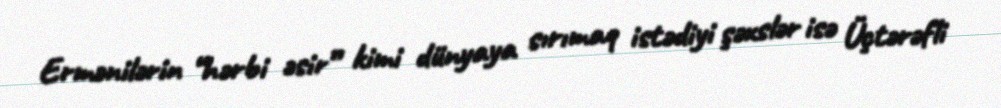
Ermənilərin “hərbi əsir” kimi dünyaya sırımaq istədiyi şəxslər isə Üçtərəfli